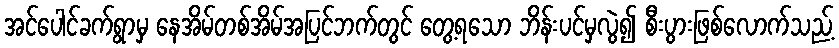
အင်ပေါင်ခက်ရွာမှ နေအိမ်တစ်အိမ်အပြင်ဘက်တွင် တွေ့ရသော ဘိန်းပင်မှလွဲ၍ စီးပွားဖြစ်လောက်သည့်